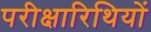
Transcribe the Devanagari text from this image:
परीक्षारिथियों